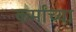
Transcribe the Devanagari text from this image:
कर्मांच्या